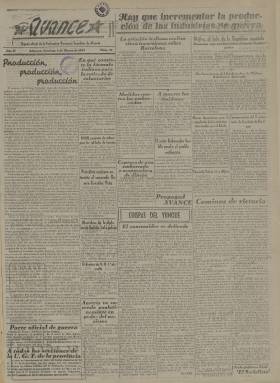
Título: Avance (Alicante)
Colección: Periódicos || Guerra civil
Ámbito geográfico: Alicante
Lugar de publicación: Alicante
Fechas: 06/03/1938-23/07/1938

Este periódico se editó desde 1937 a 1939 y era el portavoz de los socialistas alicantinos. Se trata de una fuente importante para conocer la actuación del PSOE en Alicante durante la Guerra Civil. Su contenido estaba fuertemente marcado por las noticias de los acontecimientos bélicos y la estrategia militar, pero dedicaba también información a la vida política y sindical local y provincial.

   La Biblioteca Nacional de España solo tiene números de 1938, desde marzo a julio de ese año. La publicación comenzó a publicarse en septiembre de 1937 y se prolongaría hasta febrero de 1939, ya casi al final de la guerra. Cabe recordar que Alicante fue uno de los últimos reductos republicanos en caer en manos de los nacionalistas.

  Según la Hemeroteca del Archivo Municipal de Alicante, donde se conserva entera la publicación, en sus primeros momentos Avance llegó a tener una tirada de 2.000 ejemplares, lo que da una idea de la importancia del periódico en la provincia.

   Avance empezó a publicarse en agosto de 1937 como periódico diario, aunque no salía los domingos. Su subtítulo era precisamente el de Diario socialista de la tarde y contaba entonces con cuatro páginas. Por las veces que ocupaba la portada Largo Caballero, que había sido jefe de Gobierno durante los primeros meses de la guerra, cabe deducir que el periódico era afín a su liderazgo y sus ideas sobre las de otros dirigentes nacionales del PSOE.

  En 1938 la paginación se redujo a dos páginas, lo que era consecuencia lógica de la falta de recursos que se agravaba con la duración del conflicto. Solo volvió a tener cuatro páginas con motivo de la fiesta del primero de mayo, número en cuya portada se puede ver una fotografía del fundador del PSOE, Pablo Iglesias, acompañando a un elogio de su figura.

   Es curioso también en este mismo número del primero de mayo ver una noticia ajena a la información política y militar, que era lógicamente el contenido principal. En un pequeño suelto de la cuarta página se informa que en Valencia se ha prohibido la proyección de la película ‘Morena Clara’, uno de los mayores éxitos del cine de esos años, porque sus principales protagonistas habían traicionado a la República apoyando a los franquistas.
   Se puede ver esta noticia enmarcada y tachada con rotulador azul y rojo, algo que es usual en los números de la colección de la BNE, en la que muchas informaciones aparecen con esas tachaduras en ambos colores.

    Aunque solo contaba con dos páginas la publicación mantuvo su periodicidad diaria y llegó a contar con algunos anuncios que se publicaban en la parte inferior de la segunda página.

[Descripción publicada el 18/07/2023]